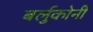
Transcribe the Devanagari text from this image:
बर्लुकोनी